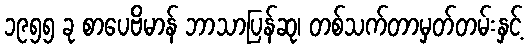
၁၉၅၅ ခု စာပေဗိမာန် ဘာသာပြန်ဆု၊ တစ်သက်တာမှတ်တမ်းနှင့်